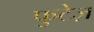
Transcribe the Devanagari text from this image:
फुटेज़